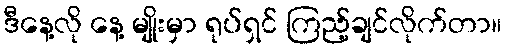
ဒီနေ့လို နေ့ မျိုးမှာ ရုပ်ရှင် ကြည့်ချင်လိုက်တာ။